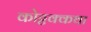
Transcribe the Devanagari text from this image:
कोट्टक्कथा